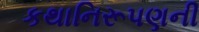
કથાનિરૂપણની